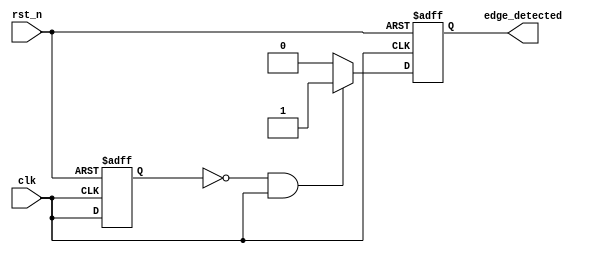
module edge_detector (
    input wire clk,           // Input signal to be monitored for rising edges
    input wire rst_n,        // Asynchronous active-low reset
    output reg edge_detected  // Output pulse for edge detection
);
    reg prev_clk;            // D flip-flop to hold the previous state of clk

    always @(posedge clk or negedge rst_n) begin
        if (!rst_n) begin
            // Asynchronous reset
            prev_clk <= 1'b0;
            edge_detected <= 1'b0;
        end else begin
            // Check for rising edge and generate pulse
            if (prev_clk == 1'b0 && clk == 1'b1) begin
                edge_detected <= 1'b1; // Rising edge detected
            end else begin
                edge_detected <= 1'b0; // Clear the pulse on the next clock cycle
            end

            // Update the previous state with the current state
            prev_clk <= clk;
        end
    end
endmodule